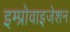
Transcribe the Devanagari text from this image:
इम्प्रोवाइजेशन